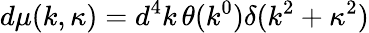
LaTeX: d\mu(k,\kappa)=d^{4}k\, \theta(k^{0})\delta(k^{2}+\kappa^{2})